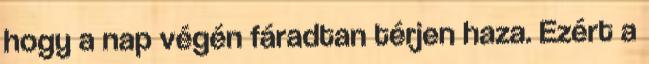
hogy a nap végén fáradtan térjen haza. Ezért a